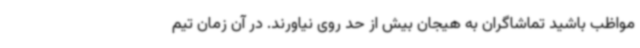
مواظب باشید تماشاگران به هیجان بیش از حد روی نیاورند. در آن زمان تیم